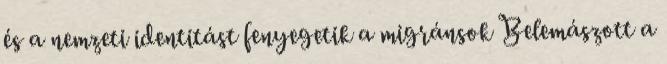
és a nemzeti identitást fenyegetik a migránsok Belemászott a